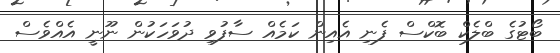
ބޯޓުގެ ބްލެކް ބޮކްސް ފެނި އެއިން ކަމެއް ސާފުވި ދުވަހަކުން ނޫނީ އެއްވެސް